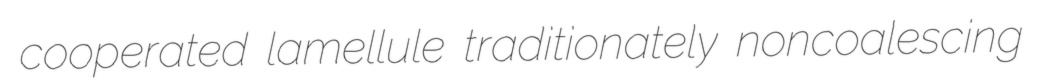
cooperated lamellule traditionately noncoalescing